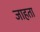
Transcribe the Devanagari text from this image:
जाहता